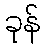
ခုန်